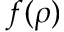
f ( \rho )